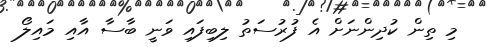
މި ތިން ކުދިންނަށް އެ ފުރުސަތު ލިބިފައި ވަނީ ބާސާ އާއި މައިލޯ